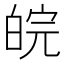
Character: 皖